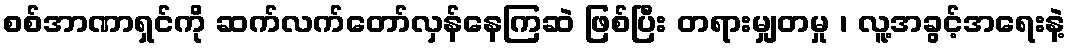
စစ်အာဏာရှင်ကို ဆက်လက်တော်လှန်နေကြဆဲ ဖြစ်ပြီး တရားမျှတမှု ၊ လူ့အခွင့်အရေးနဲ့